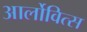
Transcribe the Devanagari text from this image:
आर्लोवित्स